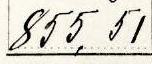
855,51